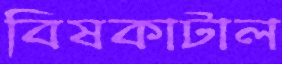
বিষকাটাল